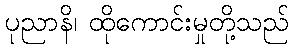
ပုညာနိ၊ ထိုကောင်းမှုတို့သည်